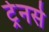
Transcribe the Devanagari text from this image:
ट्रेनर्स